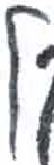
אות: ל